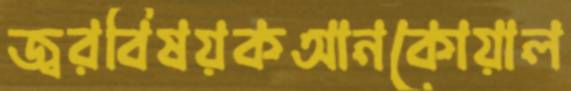
জ্বরবিষয়কআনকোয়াল